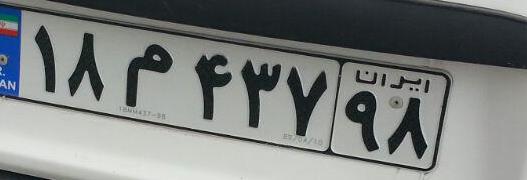
۱۸م۴۳۷۹۸